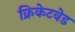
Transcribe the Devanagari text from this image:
क्रिकेटवेड